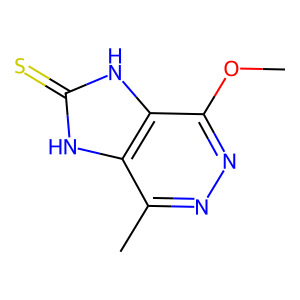
SMILES: COc1nnc(C)c2[nH]c(=S)[nH]c12
Inhibits HIV replication: No